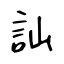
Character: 訕